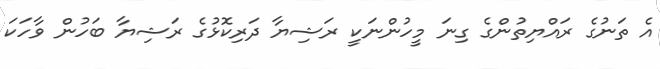
އެ ތަނުގެ ރައްޔިތުންގެ ގިނަ މީހުންނަކީ ރަޝިޔާ ދަރިކޮޅުގެ ރަޝިޔާ ބަހުން ވާހަކަ